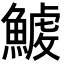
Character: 𩺇